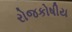
રોજકોષીય